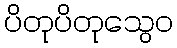
ပိတုပိတုသွေဝ